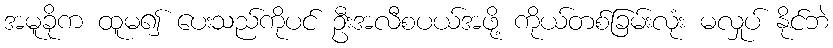
အမူခိုက ထူမ၍ ပေးသည်ကိုပင် ဦးအလီစပယ်အဖို့ ကိုယ်တစ်ခြမ်းလုံး မလှုပ် နိုင်ဘဲ